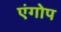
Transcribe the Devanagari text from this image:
एंगोप